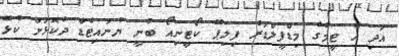
އަދި އެ ޓީމުގެ މިޑްފީލްޑަރު ފިލިޕޭ ކޯޓީނިއޯ ބުނީ ޔުނައިޓެޑާ ދެކޮޅަށް ކުޅޭ